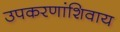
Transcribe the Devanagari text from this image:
उपकरणांशिवाय